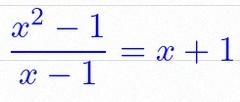
\frac{x^2-1}{x-1}=x+1